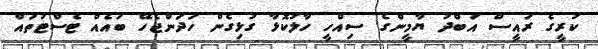
ކުރީގެ ރައީސް އަބްދު ޔާމީންގެ ސިއްހީ ހާލުކޮޅާ ގުޅިގެން ހަދަންޖެހޭ ބައެއް ޓެސްޓުތައް